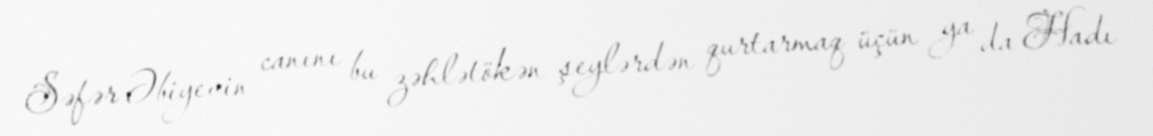
Səfər Əbiyevin canını bu zəhlətökən şeylərdən qurtarmaq üçün ya da Hadı